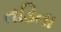
તડિતા